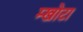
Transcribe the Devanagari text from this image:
म्खोटा